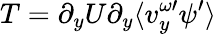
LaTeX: T=\partial_{y}U\partial_{y}\langle v_{y}^{\omega\prime}\psi^{\prime}\rangle